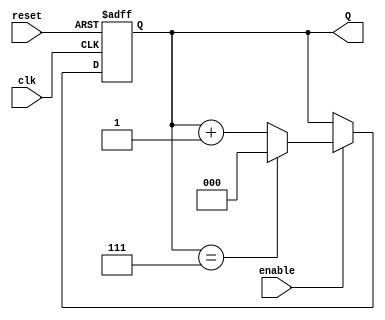
module binary_up_counter #(
    parameter N = 3  // Number of bits in the counter (default is 3 bits)
)(
    input wire clk,      // Clock signal
    input wire reset,    // Asynchronous reset signal
    input wire enable,   // Enable signal
    output reg [N-1:0] Q // Current count value
);

    // Always block triggered on the rising edge of the clock
    always @(posedge clk or posedge reset) begin
        if (reset) begin
            // Reset the counter to 0
            Q <= 0;
        end else if (enable) begin
            // Increment the counter
            if (Q == (1 << N) - 1) begin
                // If maximum count is reached, wrap around to 0
                Q <= 0;
            end else begin
                // Increment the counter
                Q <= Q + 1;
            end
        end
        // If enable is low, retain the current value of Q
    end

endmodule